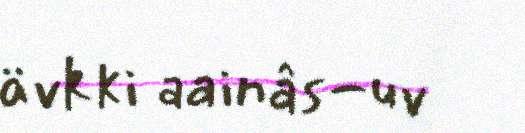
ävkki aainâs-uv